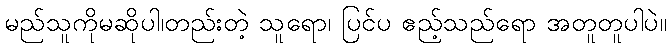
မည်သူကိုမဆိုပါ၊တည်းတဲ့ သူရော၊ ပြင်ပ ဧည့်သည်ရော အတူတူပါပဲ။